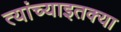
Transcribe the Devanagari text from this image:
त्यांच्याइतक्या